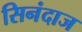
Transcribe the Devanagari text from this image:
सिनंदाज